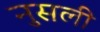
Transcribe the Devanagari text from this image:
नुसली